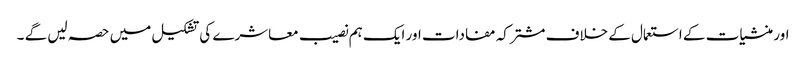
اور منشیات کے استعمال کے خلاف مشترکہ مفادات اور ایک ہم نصیب معاشرے کی تشکیل میں حصہ لیں گے ۔